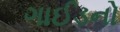
ગાઈડનો